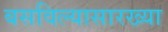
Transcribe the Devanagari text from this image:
बसविल्यासारख्या